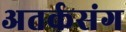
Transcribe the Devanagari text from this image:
अतर्कसंग